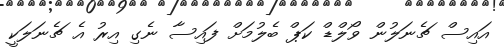
އައިސް ޗެނަލުން ވޯލްޑް ކަޕް ބެލުމަށް ފައިސާ ނެގި އިރު އެ ޗެނަލަކީ